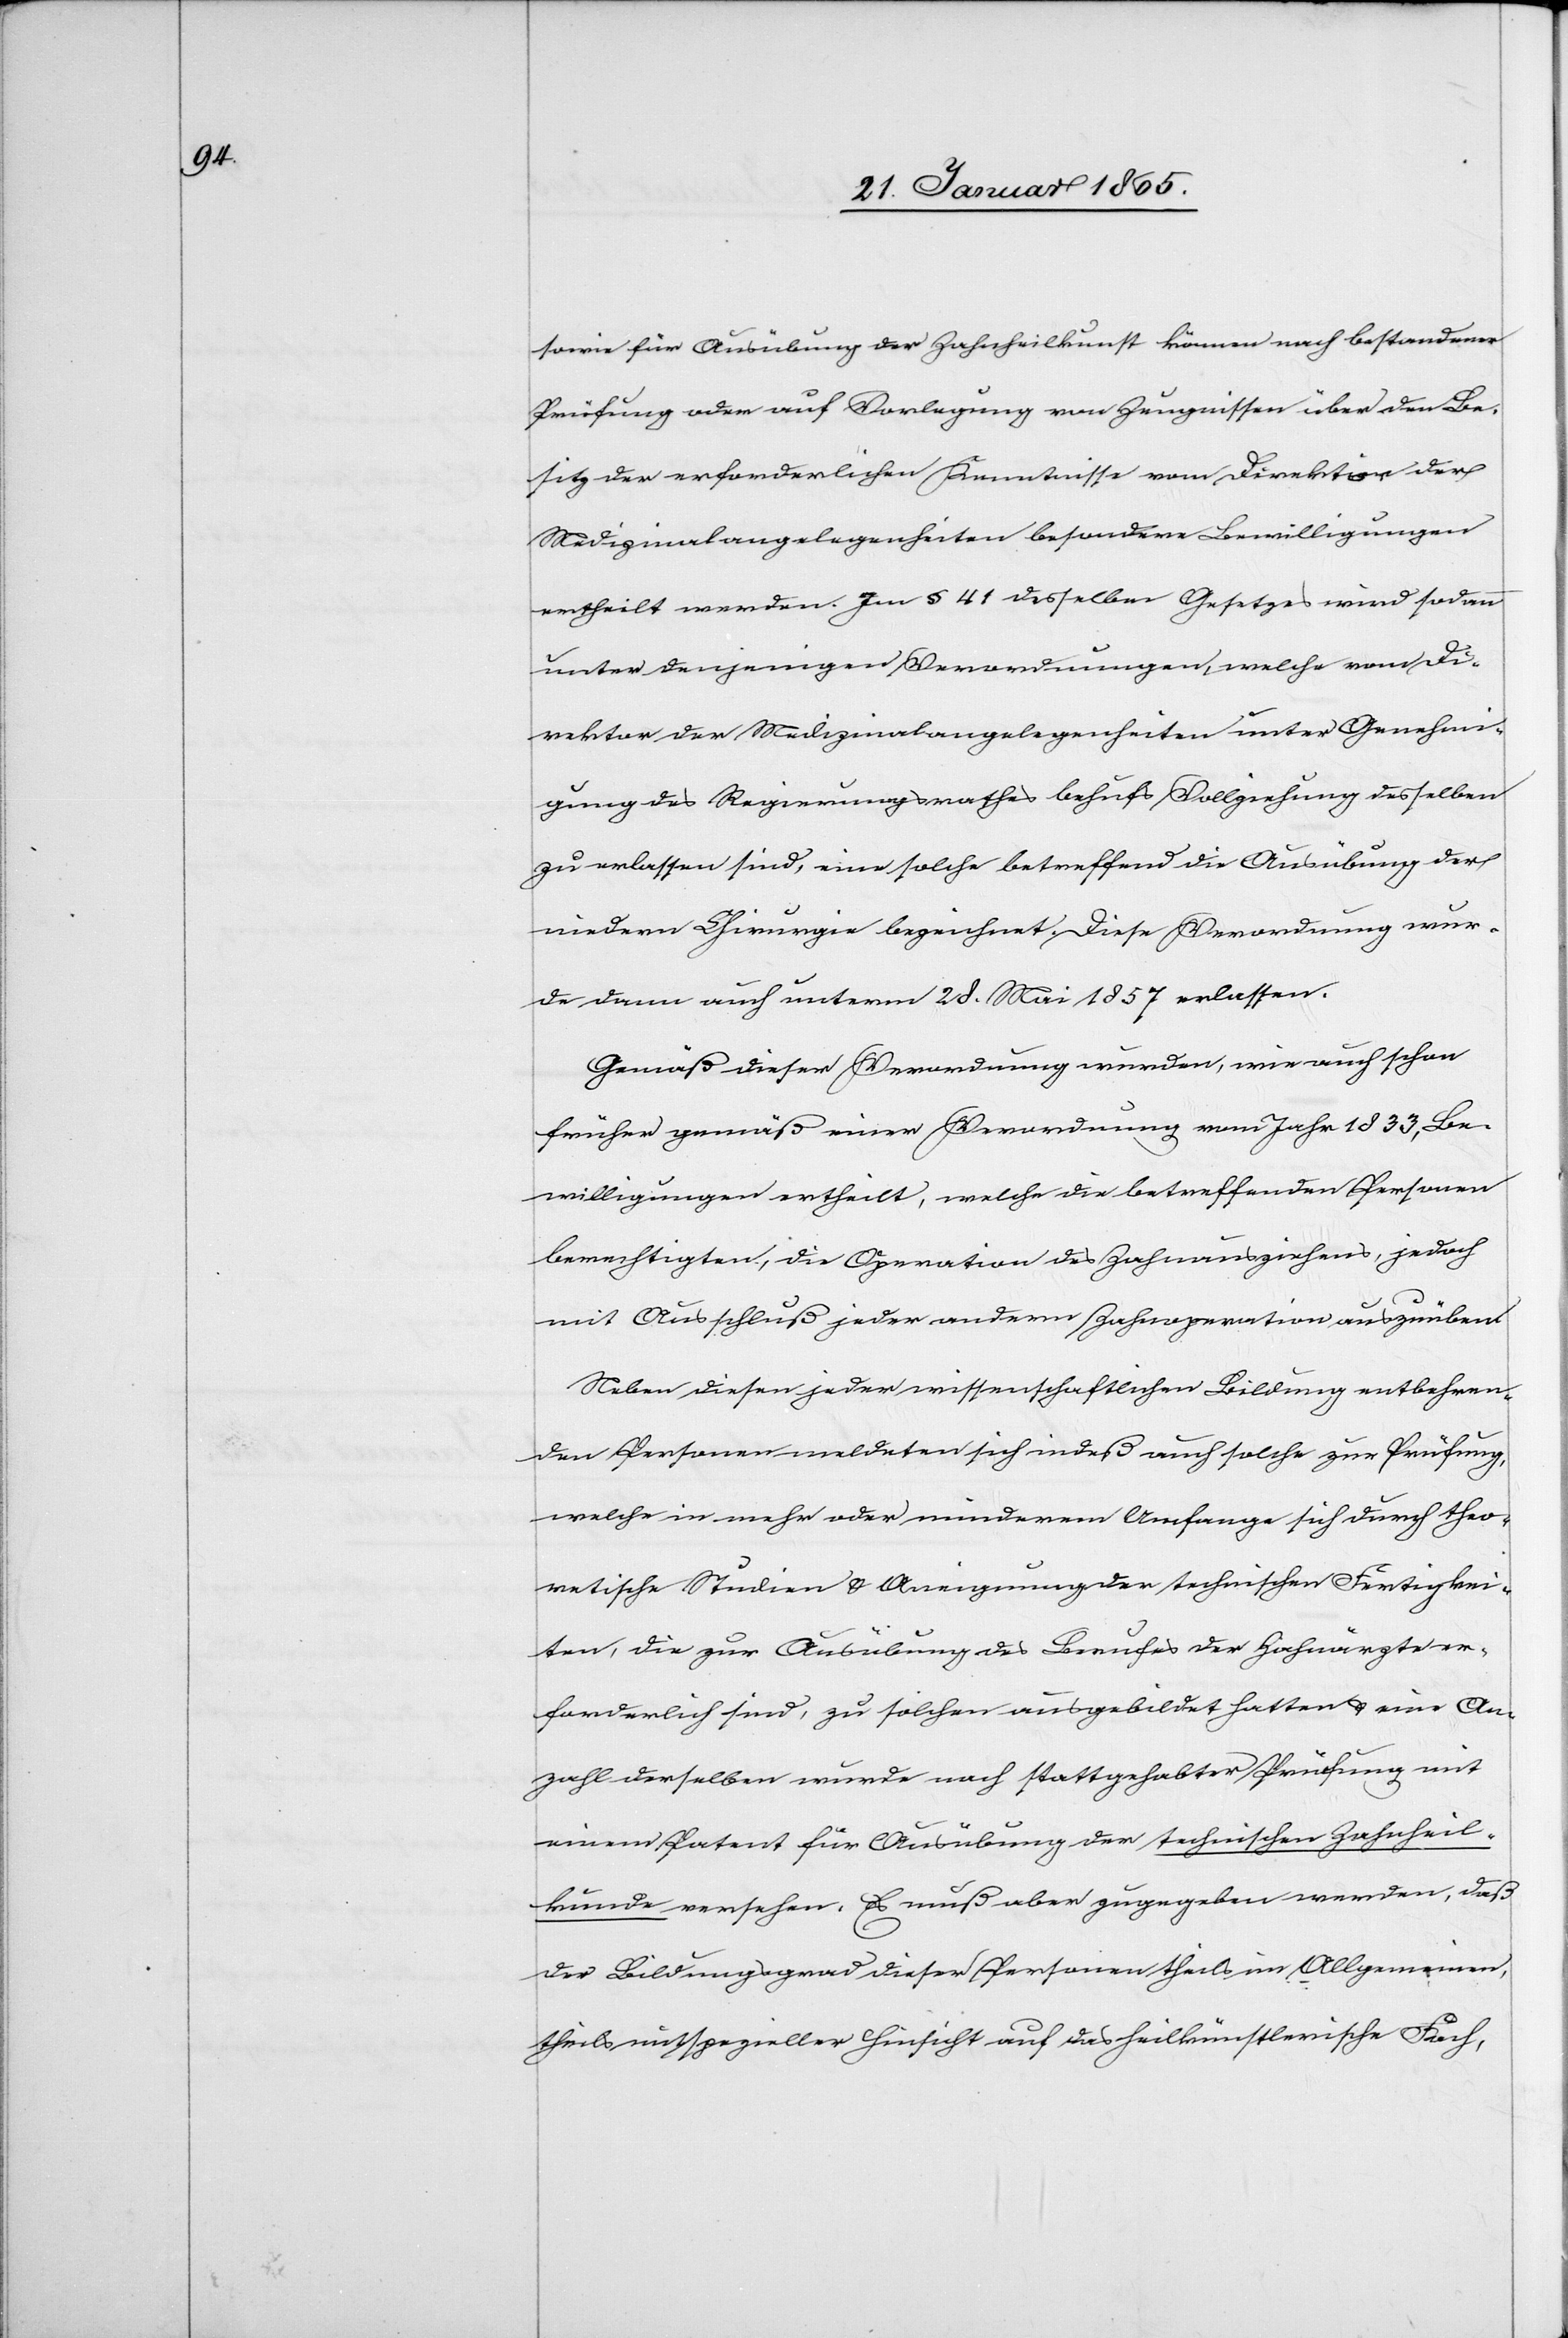
sowie für Ausübung der Zahnheilkunst können nach bestandener
Prüfung oder auf Vorlegung von Zeugnissen über den Be¬
sitz der erforderlichen Kenntnisse vom Direktor der
Medizinalangelegenheiten besondere Bewilligungen
ertheilt werden. Im § 41 desselben Gesetzes wird sodann
unter denjenigen Verordnungen, welche vom Di¬
rektor der Medizinalangelegenheiten unter Genehmi¬
gung des Regierungsrathes behufs Vollziehung desselben
zu erlassen sind, eine solche betreffend die Ausübung der
niedern Chirurgie bezeichnet. Diese Verordnung wur¬
de dann auch unterm 2 d. Mai 1857 erlassen.
Gemäß dieser Verordnung wurden, wie auch schon
früher gemäß einer Verordnung vom Jahr 1833, Be¬
willigungen ertheilt, welche die betreffenden Personen
berechtigten, die Operation des Zahnausziehens, jedoch
mit Ausschluß jeder andern Zahnoperation auszuüben.
Neben diesen jeder wissenschaftlichen Bildung entbehren¬
den Personen meldeten sich indeß auch solche zur Prüfung,
welche in mehr oder minderm Umfange sich durch theo¬
retische Studien u. Aneignung der technischen Fertigkei¬
ten, die zur Ausübung des Berufes der Zahnärzte er¬
forderlich sind, zu solchen ausgebildet hatten u. eine An¬
zahl derselben wurde nach stattgehabter Prüfung mit
einem Patent für Ausübung der technischen Zahnheil¬
kunde versehen. Es muß aber zugegeben werden, daß
der Bildungsgrad dieser Personen theils im Allgemeinen,
theils in spezieller Hinsicht auf das heilkünstlerische Fach,